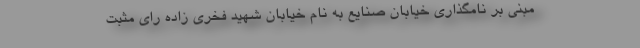
مبنی بر نامگذاری خیابان صنایع به نام خیابان شهید فخری زاده رای مثبت